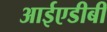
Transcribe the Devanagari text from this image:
आईएडीबी